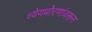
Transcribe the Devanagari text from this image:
ध्येयधोरणांवरून